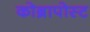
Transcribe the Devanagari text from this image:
कोब्रापोस्ट